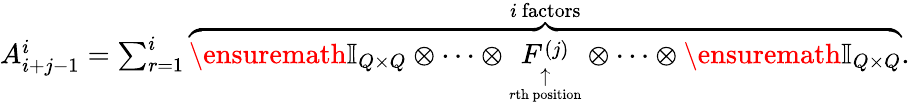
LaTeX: \begin{array}{r}{A_{i+j-1}^{i}=\sum_{r=1}^{i}\overset{i\mathrm{~factors}}{\overbrace{\ensuremath{\mathbb{I}_{Q\times Q}}\otimes\cdots\otimes\underset{\underset{r\mathrm{th~position}}{\uparrow}}{F^{(j)}}\otimes\cdots\otimes\ensuremath{\mathbb{I}_{Q\times Q}}}}.}\end{array}